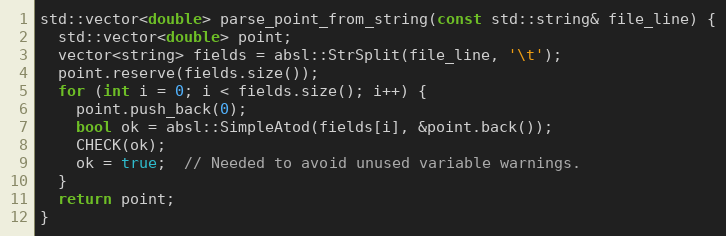
Language: C++
std::vector<double> parse_point_from_string(const std::string& file_line) {
  std::vector<double> point;
  vector<string> fields = absl::StrSplit(file_line, '\t');
  point.reserve(fields.size());
  for (int i = 0; i < fields.size(); i++) {
    point.push_back(0);
    bool ok = absl::SimpleAtod(fields[i], &point.back());
    CHECK(ok);
    ok = true;  // Needed to avoid unused variable warnings.
  }
  return point;
}